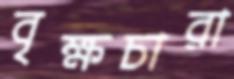
বৃক্ষচারা